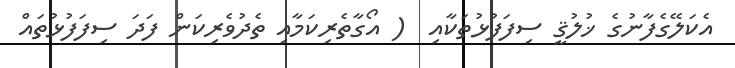
އެކަލޭގެފާނުގެ ޚުލުޤީ ސިފަފުޅުތަކާއި  ( އޯގާތެރިކަމާއި ތެދުވެރިކަން ފަދަ ސިފަފުޅުތައް